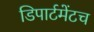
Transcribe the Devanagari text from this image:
डिपार्टमेंटच